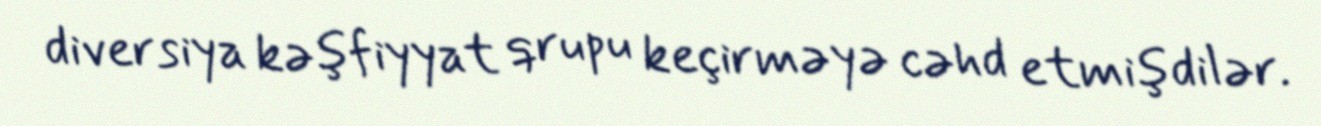
diversiya kəşfiyyat qrupu keçirməyə cəhd etmişdilər.